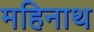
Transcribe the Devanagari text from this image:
महिनाथ